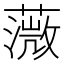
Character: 𦼻